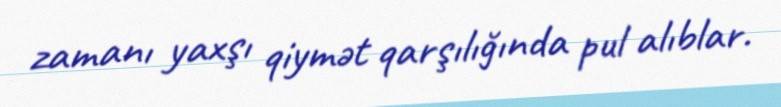
zamanı yaxşı qiymət qarşılığında pul alıblar.